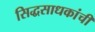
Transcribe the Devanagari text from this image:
सिद्धसाधकांची